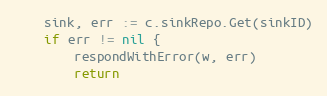
Language: Go
	sink, err := c.sinkRepo.Get(sinkID)
	if err != nil {
		respondWithError(w, err)
		return